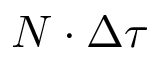
N \cdot \Delta \tau